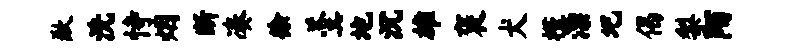
歉洗恃烟断凑徐羹地沉雄褒犬槿漂圯偈梨陌